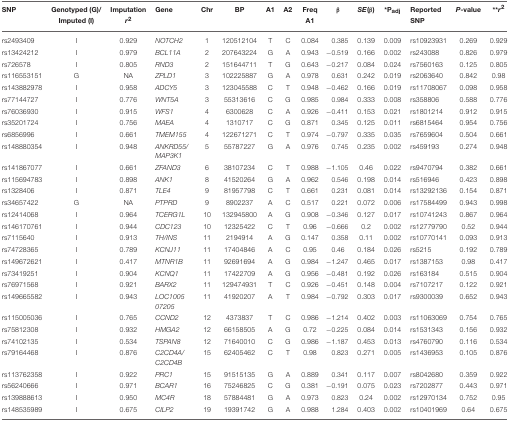
<table><thead><tr><td><b>SNP</b></td><td><b>Genotyped (G)/Imputed (I)</b></td><td><b>Imputation <i>r</i><sup>2</sup></b></td><td><b>Gene</b></td><td><b>Chr</b></td><td><b>BP</b></td><td><b>A1</b></td><td><b>A2</b></td><td><b>Freq A1</b></td><td><b>β</b></td><td><b><i>SE</i>(β)</b></td><td><b><sup>*</sup>P<sub>adj</sub></b></td><td><b>Reported SNP</b></td><td><b><i>P</i>-value</b></td><td><b><sup>**</sup><i>r</i><sup>2</sup></b></td></tr></thead><tbody><tr><td>rs2493409</td><td>I</td><td>0.929</td><td><i>NOTCH2</i></td><td>1</td><td>120512104</td><td>T</td><td>C</td><td>0.084</td><td>0.385</td><td>0.139</td><td>0.009</td><td>rs10923931</td><td>0.269</td><td>0.929</td></tr><tr><td>rs13424212</td><td>I</td><td>0.979</td><td><i>BCL11A</i></td><td>2</td><td>207643224</td><td>G</td><td>A</td><td>0.943</td><td>−0.519</td><td>0.166</td><td>0.002</td><td>rs243088</td><td>0.826</td><td>0.979</td></tr><tr><td>rs726578</td><td>I</td><td>0.805</td><td><i>RND3</i></td><td>2</td><td>151644711</td><td>T</td><td>G</td><td>0.643</td><td>−0.217</td><td>0.084</td><td>0.024</td><td>rs7560163</td><td>0.125</td><td>0.805</td></tr><tr><td>rs116553151</td><td>G</td><td>NA</td><td><i>ZPLD1</i></td><td>3</td><td>102225887</td><td>G</td><td>A</td><td>0.978</td><td>0.631</td><td>0.242</td><td>0.019</td><td>rs2063640</td><td>0.842</td><td>0.98</td></tr><tr><td>rs143882978</td><td>I</td><td>0.958</td><td><i>ADCY5</i></td><td>3</td><td>123045588</td><td>C</td><td>T</td><td>0.948</td><td>−0.462</td><td>0.166</td><td>0.019</td><td>rs11708067</td><td>0.098</td><td>0.958</td></tr><tr><td>rs77144727</td><td>I</td><td>0.776</td><td><i>WNT5A</i></td><td>3</td><td>55313616</td><td>C</td><td>G</td><td>0.985</td><td>0.984</td><td>0.333</td><td>0.008</td><td>rs358806</td><td>0.588</td><td>0.776</td></tr><tr><td>rs76036930</td><td>I</td><td>0.915</td><td><i>WFS1</i></td><td>4</td><td>6300628</td><td>C</td><td>A</td><td>0.926</td><td>−0.411</td><td>0.153</td><td>0.021</td><td>rs1801214</td><td>0.912</td><td>0.915</td></tr><tr><td>rs35201724</td><td>I</td><td>0.756</td><td><i>MAEA</i></td><td>4</td><td>1310717</td><td>C</td><td>G</td><td>0.871</td><td>0.345</td><td>0.125</td><td>0.011</td><td>rs6815464</td><td>0.954</td><td>0.756</td></tr><tr><td>rs6856996</td><td>I</td><td>0.661</td><td><i>TMEM155</i></td><td>4</td><td>122671271</td><td>C</td><td>T</td><td>0.974</td><td>−0.797</td><td>0.335</td><td>0.035</td><td>rs7659604</td><td>0.504</td><td>0.661</td></tr><tr><td>rs148880354</td><td>I</td><td>0.948</td><td><i>ANKRD55/MAP3K1</i></td><td>5</td><td>55787227</td><td>G</td><td>A</td><td>0.976</td><td>0.745</td><td>0.235</td><td>0.002</td><td>rs459193</td><td>0.274</td><td>0.948</td></tr><tr><td>rs141867077</td><td>I</td><td>0.661</td><td><i>ZFAND3</i></td><td>6</td><td>38107234</td><td>C</td><td>T</td><td>0.988</td><td>−1.105</td><td>0.46</td><td>0.022</td><td>rs9470794</td><td>0.382</td><td>0.661</td></tr><tr><td>rs115694783</td><td>I</td><td>0.898</td><td><i>ANK1</i></td><td>8</td><td>41520264</td><td>G</td><td>A</td><td>0.962</td><td>0.546</td><td>0.198</td><td>0.014</td><td>rs516946</td><td>0.423</td><td>0.898</td></tr><tr><td>rs1328406</td><td>I</td><td>0.871</td><td><i>TLE4</i></td><td>9</td><td>81957798</td><td>C</td><td>T</td><td>0.661</td><td>0.231</td><td>0.081</td><td>0.014</td><td>rs13292136</td><td>0.154</td><td>0.871</td></tr><tr><td>rs34657422</td><td>G</td><td>NA</td><td><i>PTPRD</i></td><td>9</td><td>8902237</td><td>A</td><td>C</td><td>0.517</td><td>0.221</td><td>0.072</td><td>0.006</td><td>rs17584499</td><td>0.943</td><td>0.998</td></tr><tr><td>rs12414068</td><td>I</td><td>0.964</td><td><i>TCERG1L</i></td><td>10</td><td>132945800</td><td>A</td><td>G</td><td>0.908</td><td>−0.346</td><td>0.127</td><td>0.017</td><td>rs10741243</td><td>0.867</td><td>0.964</td></tr><tr><td>rs146170761</td><td>I</td><td>0.944</td><td><i>CDC123</i></td><td>10</td><td>12325422</td><td>C</td><td>T</td><td>0.96</td><td>−0.666</td><td>0.2</td><td>0.002</td><td>rs12779790</td><td>0.52</td><td>0.944</td></tr><tr><td>rs7115640</td><td>I</td><td>0.913</td><td><i>TH/INS</i></td><td>11</td><td>2194914</td><td>A</td><td>G</td><td>0.147</td><td>0.358</td><td>0.11</td><td>0.002</td><td>rs10770141</td><td>0.093</td><td>0.913</td></tr><tr><td>rs74728365</td><td>I</td><td>0.789</td><td><i>KCNJ11</i></td><td>11</td><td>17404846</td><td>A</td><td>C</td><td>0.95</td><td>0.46</td><td>0.184</td><td>0.026</td><td>rs5215</td><td>0.192</td><td>0.789</td></tr><tr><td>rs149672621</td><td>I</td><td>0.417</td><td><i>MTNR1B</i></td><td>11</td><td>92691694</td><td>A</td><td>G</td><td>0.984</td><td>−1.247</td><td>0.465</td><td>0.017</td><td>rs1387153</td><td>0.98</td><td>0.417</td></tr><tr><td>rs73419251</td><td>I</td><td>0.904</td><td><i>KCNQ1</i></td><td>11</td><td>17422709</td><td>A</td><td>G</td><td>0.956</td><td>−0.481</td><td>0.192</td><td>0.026</td><td>rs163184</td><td>0.515</td><td>0.904</td></tr><tr><td>rs76971568</td><td>I</td><td>0.921</td><td><i>BARX2</i></td><td>11</td><td>129474931</td><td>T</td><td>C</td><td>0.926</td><td>−0.451</td><td>0.148</td><td>0.004</td><td>rs7107217</td><td>0.122</td><td>0.921</td></tr><tr><td>rs149665582</td><td>I</td><td>0.943</td><td><i>LOC1005 07205</i></td><td>11</td><td>41920207</td><td>A</td><td>T</td><td>0.984</td><td>−0.792</td><td>0.303</td><td>0.017</td><td>rs9300039</td><td>0.652</td><td>0.943</td></tr><tr><td>rs115005036</td><td>I</td><td>0.765</td><td><i>CCND2</i></td><td>12</td><td>4373837</td><td>T</td><td>C</td><td>0.986</td><td>−1.214</td><td>0.402</td><td>0.003</td><td>rs11063069</td><td>0.754</td><td>0.765</td></tr><tr><td>rs75812308</td><td>I</td><td>0.932</td><td><i>HMGA2</i></td><td>12</td><td>66158505</td><td>A</td><td>G</td><td>0.72</td><td>−0.225</td><td>0.084</td><td>0.014</td><td>rs1531343</td><td>0.156</td><td>0.932</td></tr><tr><td>rs74102135</td><td>I</td><td>0.534</td><td><i>TSPAN8</i></td><td>12</td><td>71640010</td><td>C</td><td>G</td><td>0.986</td><td>−1.187</td><td>0.453</td><td>0.013</td><td>rs4760790</td><td>0.116</td><td>0.534</td></tr><tr><td>rs79164468</td><td>I</td><td>0.876</td><td><i>C2CD4A/C2CD4B</i></td><td>15</td><td>62405462</td><td>C</td><td>T</td><td>0.98</td><td>0.823</td><td>0.271</td><td>0.005</td><td>rs1436953</td><td>0.105</td><td>0.876</td></tr><tr><td>rs113762358</td><td>I</td><td>0.922</td><td><i>PRC1</i></td><td>15</td><td>91515135</td><td>G</td><td>A</td><td>0.889</td><td>0.341</td><td>0.117</td><td>0.007</td><td>rs8042680</td><td>0.359</td><td>0.922</td></tr><tr><td>rs56240666</td><td>I</td><td>0.971</td><td><i>BCAR1</i></td><td>16</td><td>75246825</td><td>C</td><td>G</td><td>0.381</td><td>−0.191</td><td>0.075</td><td>0.023</td><td>rs7202877</td><td>0.443</td><td>0.971</td></tr><tr><td>rs139888613</td><td>I</td><td>0.950</td><td><i>MC4R</i></td><td>18</td><td>57884481</td><td>G</td><td>A</td><td>0.973</td><td>0.823</td><td>0.24</td><td>0.002</td><td>rs12970134</td><td>0.752</td><td>0.95</td></tr><tr><td>rs148535989</td><td>I</td><td>0.675</td><td><i>CILP2</i></td><td>19</td><td>19391742</td><td>G</td><td>A</td><td>0.988</td><td>1.284</td><td>0.403</td><td>0.002</td><td>rs10401969</td><td>0.64</td><td>0.675</td></tr></tbody></table>